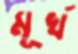
মূর্খ